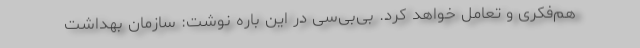
هم‌فکری و تعامل خواهد کرد. بی‌بی‌سی در این باره نوشت: سازمان بهداشت